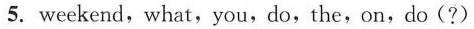
5. weekend,what,you,do,the,on,do(?)